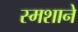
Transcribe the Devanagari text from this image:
स्मशाने